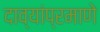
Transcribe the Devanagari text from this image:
दाव्यांप्रमाणे